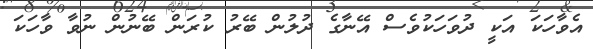
އެވާހަކަ އަކީ ދުވަހަކުވެސް އޭނާގެ ދުލުން ބޭރު ކުރަން ބޭނުން ނުވާ ވާހަކަ